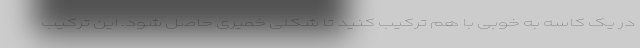
در یک کاسه به خوبی با هم ترکیب کنید تا شکلی خمیری حاصل شود. این ترکیب